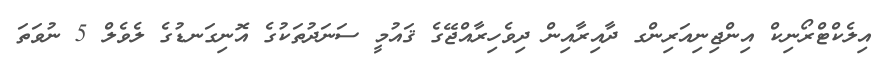
އިލެކްޓްރޯނިކް އިންޖިނިއަރިންގ ދާއިރާއިން ދިވެހިރާއްޖޭގެ ޤައުމީ ސަނަދުތަކުގެ އޮނިގަނޑުގެ ލެވެލް 5 ނުވަތަ